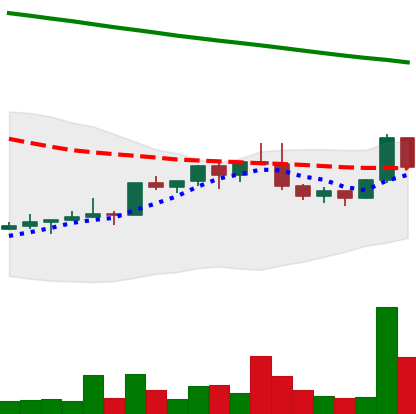
Ticker: NEO-USD
Chart end date: 2022-02-17
Forward return: -12.86%
Label: down_7plus